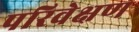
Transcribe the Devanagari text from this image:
परिवेक्षण